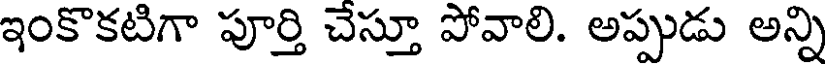
ఇంకొకటిగా పూర్తి చేస్తూ పోవాలి. అప్పుడు అన్ని